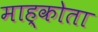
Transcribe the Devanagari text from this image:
माह्कोता